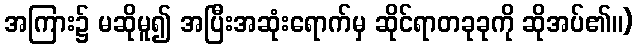
အကြား၌ မဆိုမူ၍ အပြီးအဆုံးရောက်မှ ဆိုင်ရာတခုခုကို ဆိုအပ်၏။)